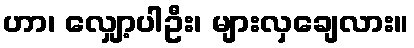
ဟာ၊ လျှော့ပါဦး၊ များလှချေလား။